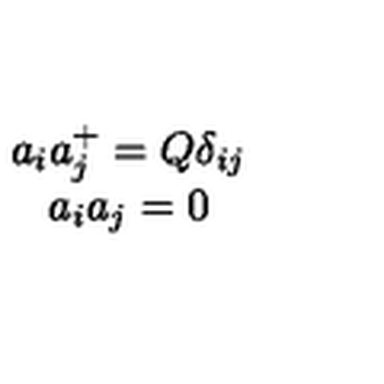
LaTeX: \begin{array} { c } { a _ { i } a _ { j } ^ { + } = Q \delta _ { i j } } \\ { a _ { i } a _ { j } = 0 } \\ \end{array}